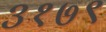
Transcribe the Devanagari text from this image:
३१७९